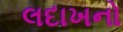
લદાખનો